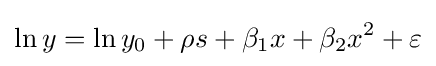
\ln y=\ln y_{0}+\rho s+\beta _{1}x+\beta _{2}x^{2}+\varepsilon